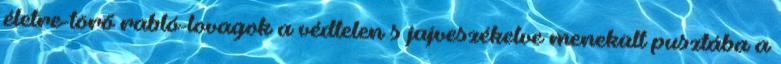
életre-törő rabló-lovagok a védtelen s jajveszékelve menekült pusztába a